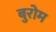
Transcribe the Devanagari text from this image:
बुरोम